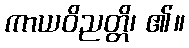
ကာယဝိညတ္တိ၊ ၏။